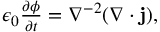
\begin{array} { r } { \epsilon _ { 0 } \frac { \partial \phi } { \partial t } = \nabla ^ { - 2 } ( \nabla \cdot \mathbf { j } ) , } \end{array}